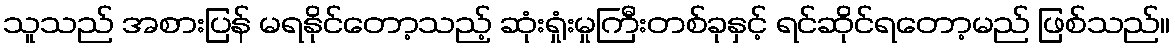
သူသည် အစားပြန် မရနိုင်တော့သည့် ဆုံးရှုံးမှုကြီးတစ်ခုနှင့် ရင်ဆိုင်ရတော့မည် ဖြစ်သည်။